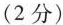
(2 分)